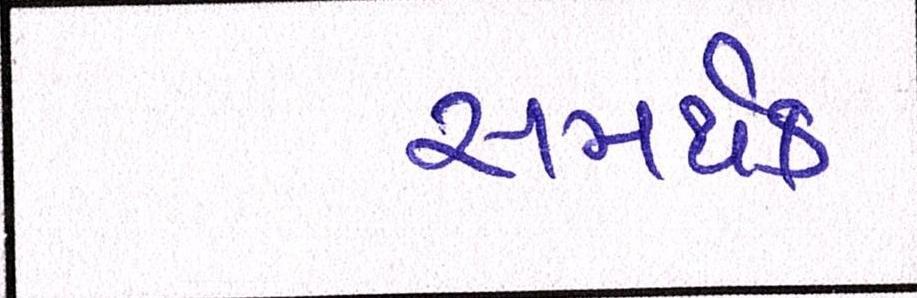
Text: સમર્થક